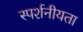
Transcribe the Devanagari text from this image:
स्पर्शनीयता